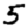
Digit: 5